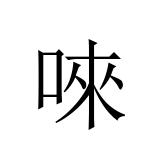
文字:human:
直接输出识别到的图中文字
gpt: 唻